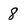
Character: 8